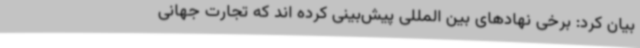
بیان کرد: برخی نهادهای بین المللی پیش‌بینی کرده اند که تجارت جهانی